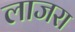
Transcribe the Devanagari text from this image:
लाजरा